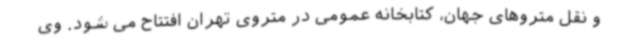
و نقل متروهای جهان، کتابخانه عمومی در متروی تهران افتتاح می شود. وی